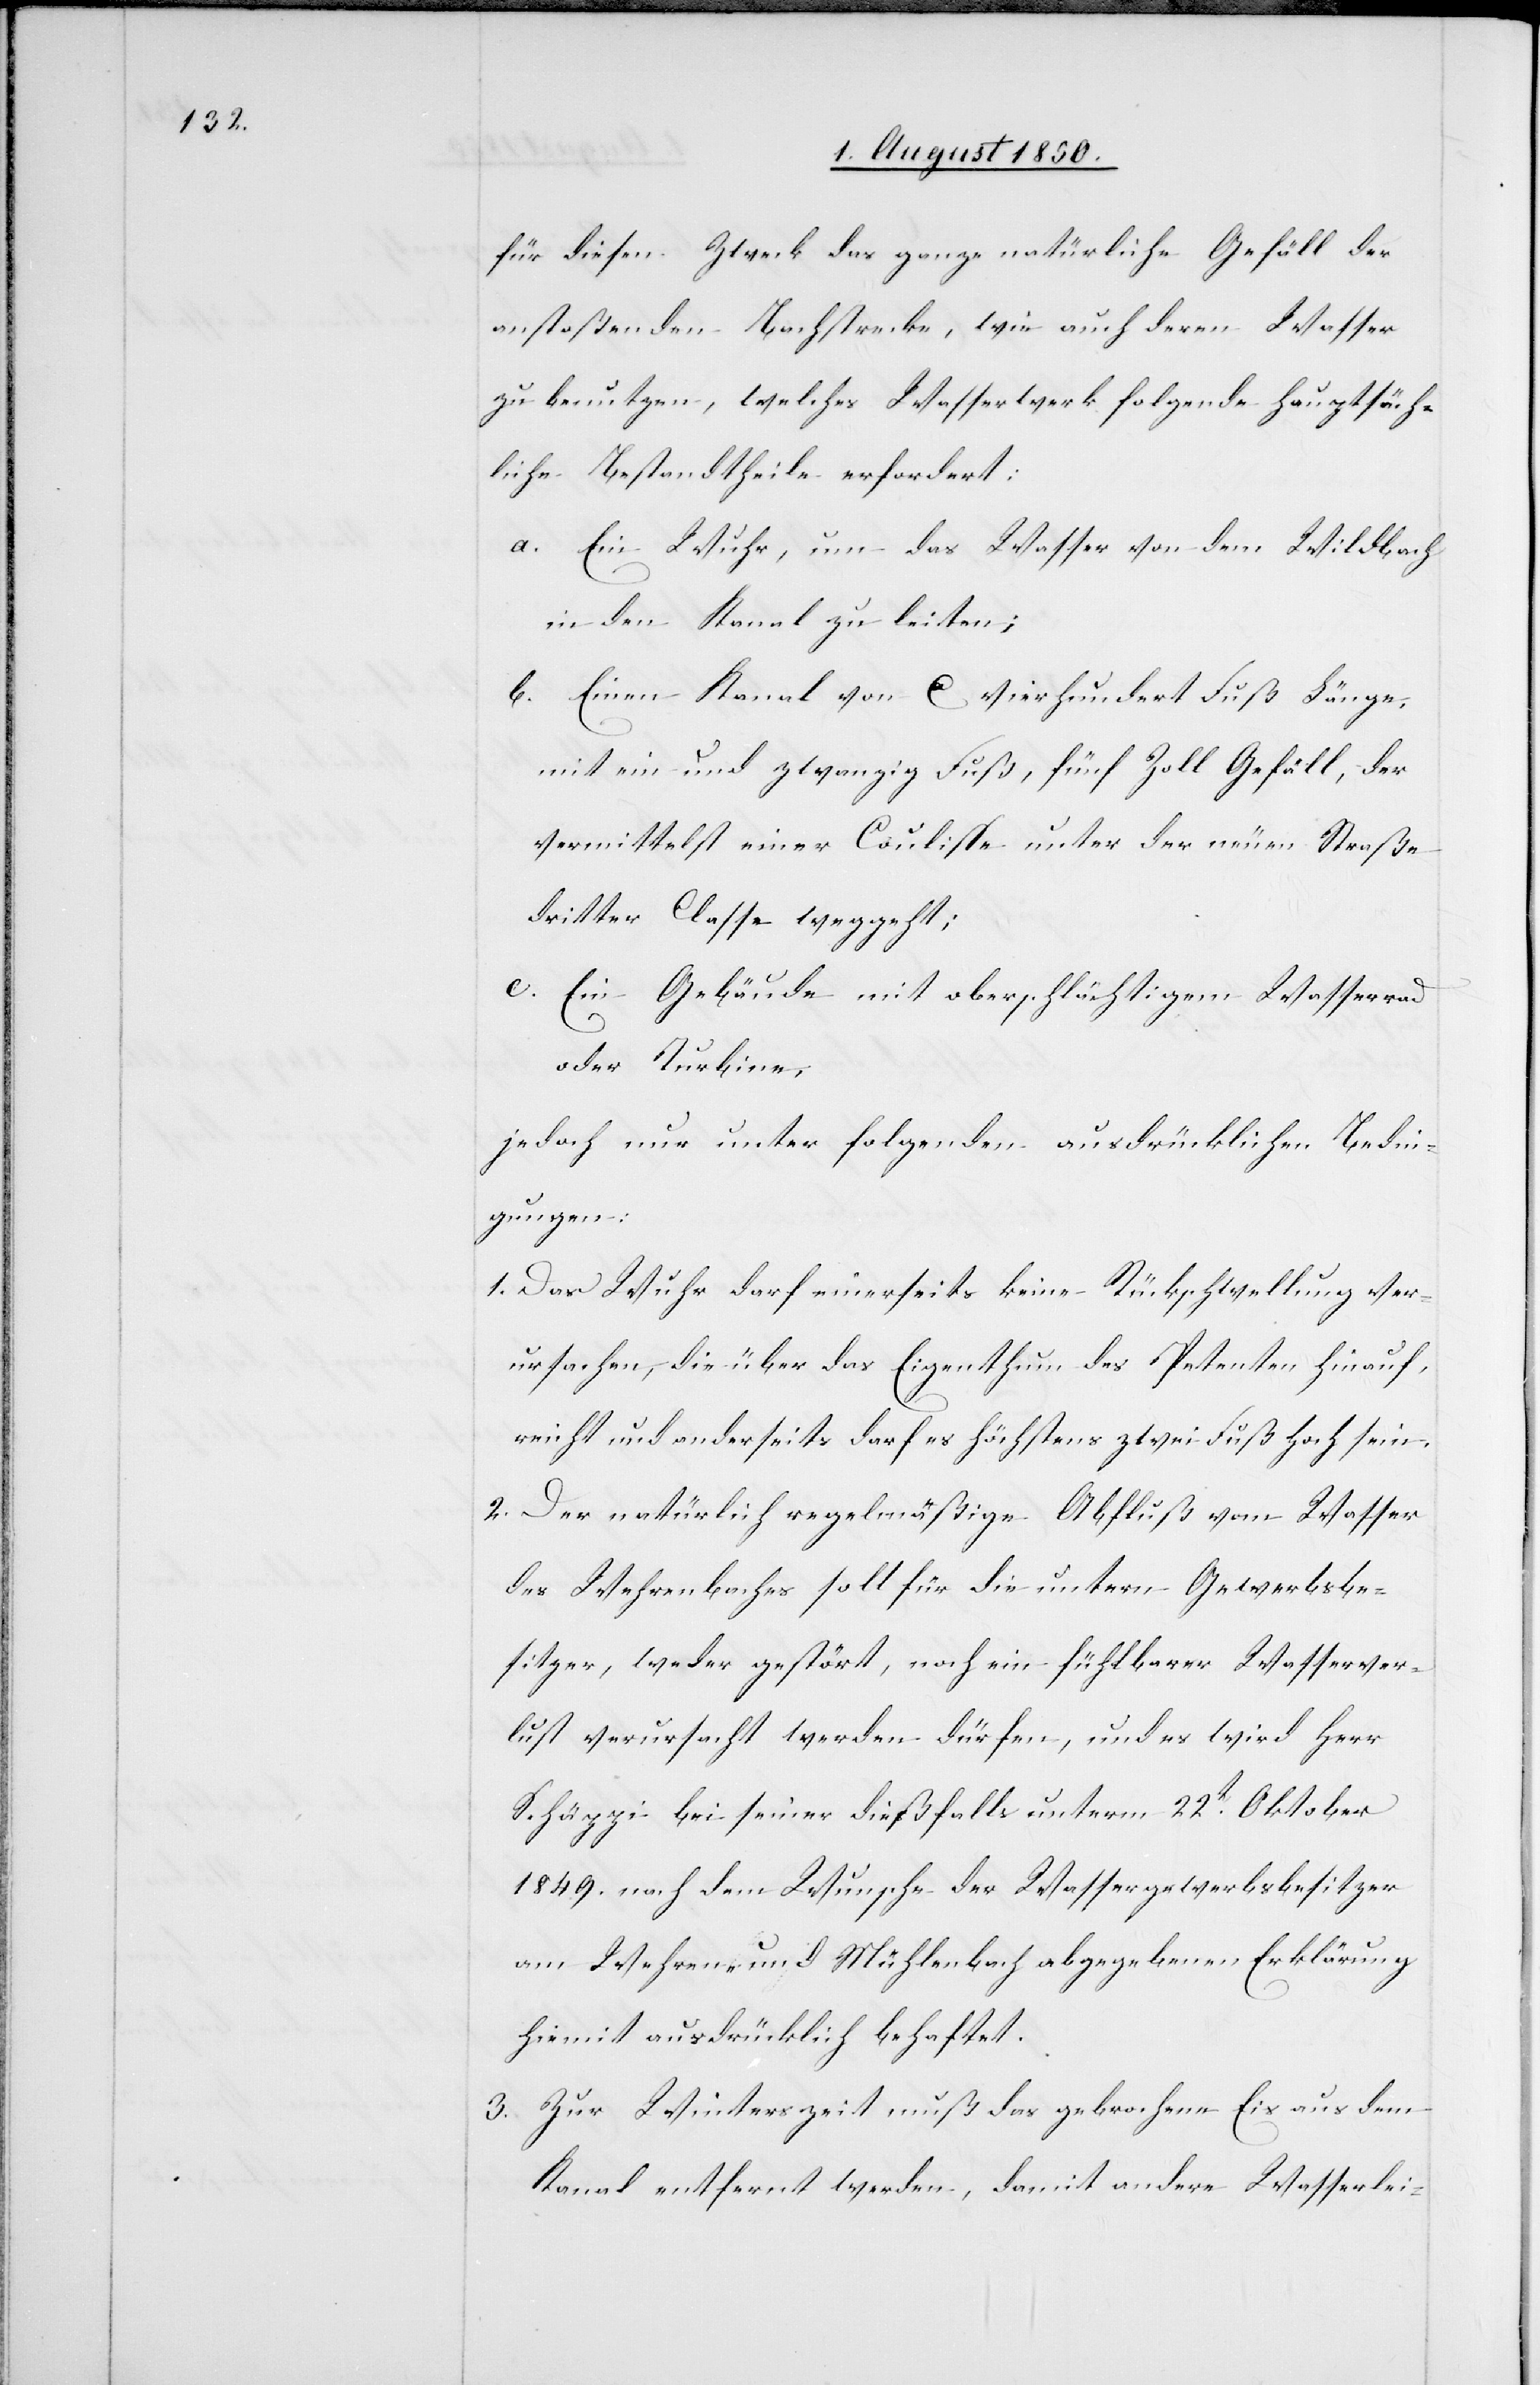
für diesen Zweck das ganze natürliche Gefäll der
anstoßenden Bachstrecke, wie auch deren Wasser
zu benutzen, welches Wasserwerk folgende hauptsäch¬
liche Bestandtheile erfordert:
a. Ein Wuhr, um das Wasser von dem Wildbach
in den Kanal zu leiten;
b. Einen Kanal von ca vierhundert Fuß Länge,
mit ein und zwanzig Fuß, fünf Zoll Gefäll, der
vermittelst einer Coulisse unter der neuen Straße
dritter Classe weggeht;
c. Ein Gebäude mit oberschlächtigem Wasserrad
oder Turbine;
jedoch nur unter folgenden ausdrücklichen Bedin¬
gungen:
1. Das Wuhr darf einerseits keine Rückschwellung ver¬
ursachen, die über das Eigenthum des Petenten hinauf¬
reicht und anderseits darf es höchstens zwei Fuß hoch sein.
2. Der natürlich regelmäßige Abfluß vom Wasser
des Wehrenbaches soll für die untern Gewerbsbe¬
sitzer, weder gestört, noch ein fühlbarer Wasserver¬
lust verursacht werden dürfen, und es wird Herr
Schäppi bei seiner dießfalls unterm 22t Oktober
1849. nach dem Wunsche der Wassergewerbsbesitzer
am Wehren- und Mühlenbach abgegebenen Erklärung
hiemit ausdrücklich behaftet.
3. Zur Winterszeit muß das gebrochene Eis aus dem
Kanal entfernt werden, damit andere Wasserlei-